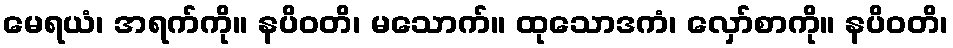
မေရယံ၊ အရက်ကို။ နပိဝတိ၊ မသောက်။ ထုသောဒကံ၊ လှော်စာကို။ နပိဝတိ၊